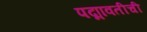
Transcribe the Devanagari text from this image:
पद्मावतीची